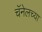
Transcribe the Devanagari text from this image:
चॅनेलच्या